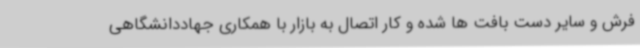
فرش و سایر دست بافت ها شده و کار اتصال به بازار با همکاری جهاددانشگاهی